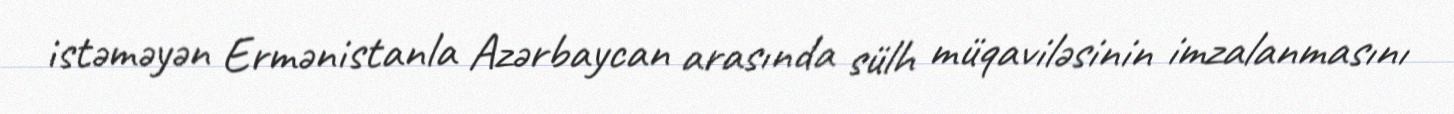
istəməyən Ermənistanla Azərbaycan arasında sülh müqaviləsinin imzalanmasını